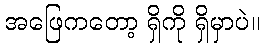
အဖြေကတော့ ရှိကို ရှိမှာပဲ။